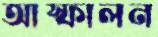
আস্ফালন